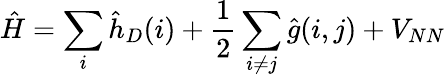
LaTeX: \hat{H}=\sum_{i}\hat{h}_{D}(i)+\frac{1}{2}\sum_{i\neq j}\hat{g}(i,j)+V_{NN}